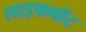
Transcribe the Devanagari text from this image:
लाइफबाॅट